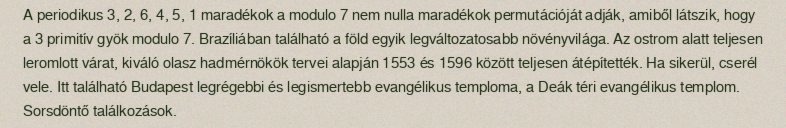
A periodikus 3, 2, 6, 4, 5, 1 maradékok a modulo 7 nem nulla maradékok permutációját adják, amiből látszik, hogy a 3 primitív gyök modulo 7. Brazíliában található a föld egyik legváltozatosabb növényvilága. Az ostrom alatt teljesen leromlott várat, kiváló olasz hadmérnökök tervei alapján 1553 és 1596 között teljesen átépítették. Ha sikerül, cserél vele. Itt található Budapest legrégebbi és legismertebb evangélikus temploma, a Deák téri evangélikus templom. Sorsdöntő találkozások.